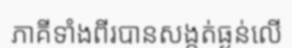
ភាគីទាំងពីរបានសង្កត់ធ្ងន់លើ